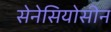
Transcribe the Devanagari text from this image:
सेनेसियोसीन